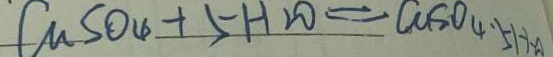
C u S O _ { 4 } + 5 H _ { 2 } O = C u S o _ { 4 } . 5 H _ { 2 } A